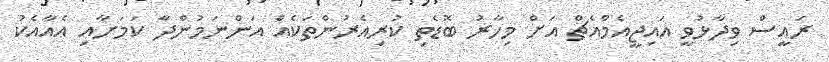
ރައީސް ވިދާޅުވީ އައިޖީއެމްއެޗް އަށް މިހާރު ބޮޑެތި ކުރިއެރުންތަކެއް އަންނަމުންދާ ކަމަށާއި އެއާއެކު